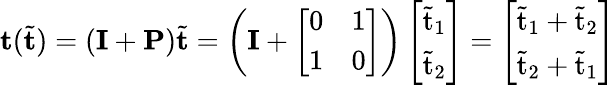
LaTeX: \mathbf{t}(\tilde{\mathbf{t}})=(\mathbf{I}+\mathbf{P})\tilde{\mathbf{t}}=\left(\mathbf{I}+\left[\begin{array}{ll}{0}&{1}\\ {1}&{0}\end{array}\right]\right)\left[\begin{array}{l}{\tilde{\mathrm{t}}_{1}}\\ {\tilde{\mathrm{t}}_{2}}\end{array}\right]=\left[\begin{array}{l}{\tilde{\mathrm{t}}_{1}+\tilde{\mathrm{t}}_{2}}\\ {\tilde{\mathrm{t}}_{2}+\tilde{\mathrm{t}}_{1}}\end{array}\right]